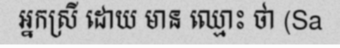
អ្នកស្រី ដោយ មាន ឈ្មោះ ថា (Sa